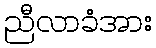
ညီလာခံအား